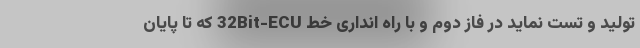
تولید و تست نماید در فاز دوم و با راه انداری خط 32Bit-ECU که تا پایان